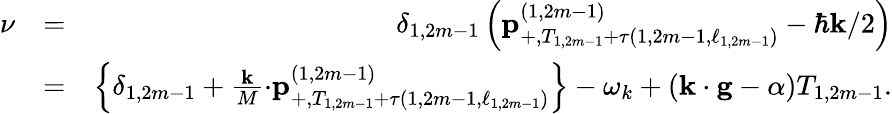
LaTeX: \begin{array}{rlr}{\nu}&{=}&{\delta_{1,2m-1}\left(\mathbf{p}_{+,T_{1,2m-1}+\tau\left(1,2m-1,\ell_{1,2m-1}\right)}^{\left(1,2m-1\right)}-\hbar\mathbf{k}/2\right)}\\ &{=}&{\left\{ \delta_{1,2m-1}+\frac{\mathbf{k}}{M}\mathbf{\cdot p}_{+,T_{1,2m-1}+\tau\left(1,2m-1,\ell_{1,2m-1}\right)}^{\left(1,2m-1\right)}\right\} -\omega_{k}+\left(\mathbf{k\cdot g}-\alpha\right)T_{1,2m-1}.}\end{array}